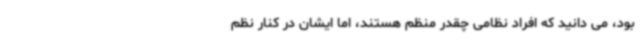
بود، می دانید که افراد نظامی چقدر منظم هستند، اما ایشان در کنار نظم